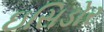
ઇસિડોર